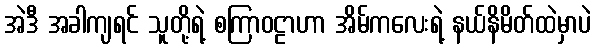
အဲဒီ အခါကျရင် သူတို့ရဲ့ စကြာဝဠာဟာ အိမ်ကလေးရဲ့ နယ်နိမိတ်ထဲမှာပဲ